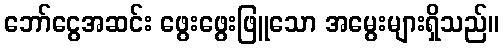
ဘော်ငွေအဆင်း ဖွေးဖွေးဖြူသော အမွေးများရှိသည်။